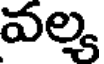
వల్య